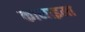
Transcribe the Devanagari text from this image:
कानाइमा